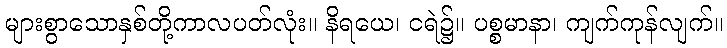
များစွာသောနှစ်တို့ကာလပတ်လုံး။ နိရယေ၊ ငရဲ၌။ ပစ္စမာနာ၊ ကျက်ကုန်လျက်။